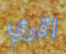
اقوي